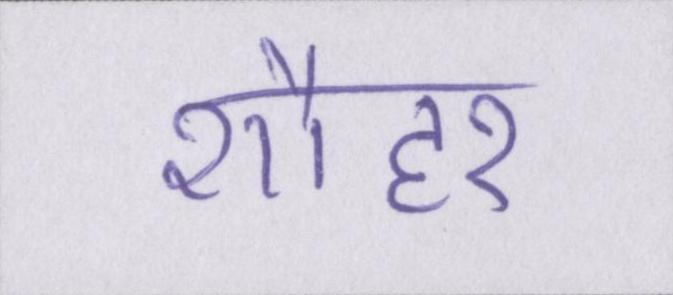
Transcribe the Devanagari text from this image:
शौहर